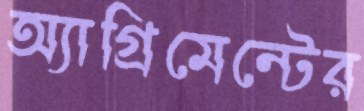
অ্যাগ্রিমেন্টের